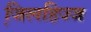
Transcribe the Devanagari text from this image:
जि़लहिज्ज